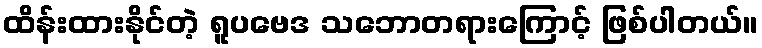
ထိန်းထားနိုင်တဲ့ ရူပဗေဒ သဘောတရားကြောင့် ဖြစ်ပါတယ်။